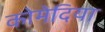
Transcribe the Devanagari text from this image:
कोमेदिया